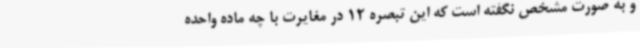
و به صورت مشخص نگفته است که این تبصره 12 در مغایرت با چه ماده واحده